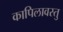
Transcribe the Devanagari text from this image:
कापिलावस्तु